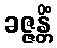
ခဇ္ဇန္တိံ